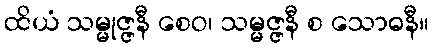
ထိယံ သမ္မုဇ္ဇနီ စေဝ၊ သမ္မဇ္ဇနီ စ သောဓနီ။